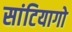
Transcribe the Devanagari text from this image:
सांटियागो